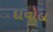
દાવોલ